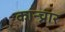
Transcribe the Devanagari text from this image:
कान्च्नार